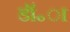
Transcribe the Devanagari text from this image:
डॉ॰ा